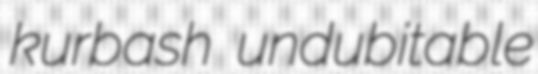
kurbash undubitable